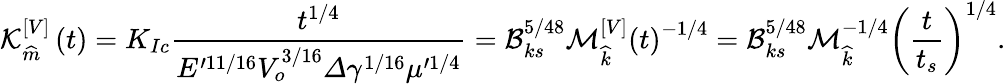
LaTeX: \mathcal{K}_{\widehat{m}}^{[V]}\left(t\right)=K_{Ic}\frac{t^{1/4}}{E^{\prime 11/16}V_{o}^{3/16}\varDelta\gamma^{1/16}\mu^{\prime 1/4}}=\mathcal{B}_{ks}^{5/48}\mathcal{M}_{\widehat{k}}^{[V]}\left(t\right)^{-1/4}=\mathcal{B}_{ks}^{5/48}\mathcal{M}_{\widehat{k}}^{-1/4}\left(\frac{t}{t_{s}}\right)^{1/4}.